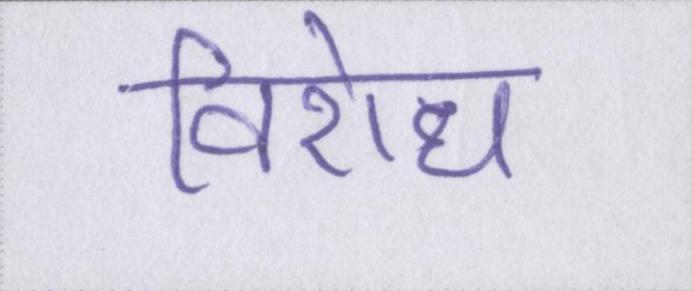
विरोध